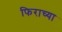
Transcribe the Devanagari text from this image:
फिराच्या